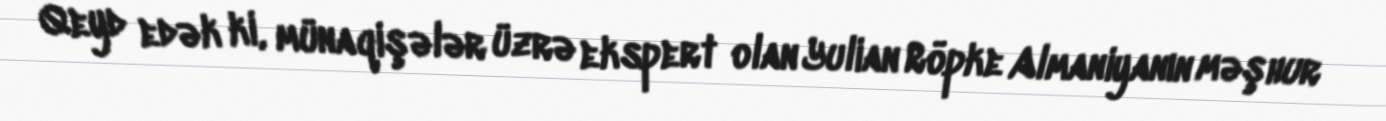
Qeyd edək ki, münaqişələr üzrə ekspert olan Yulian Röpke Almaniyanın məşhur